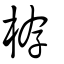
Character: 栫